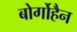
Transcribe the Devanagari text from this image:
बोर्गोहैन